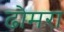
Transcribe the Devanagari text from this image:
ढोमरा